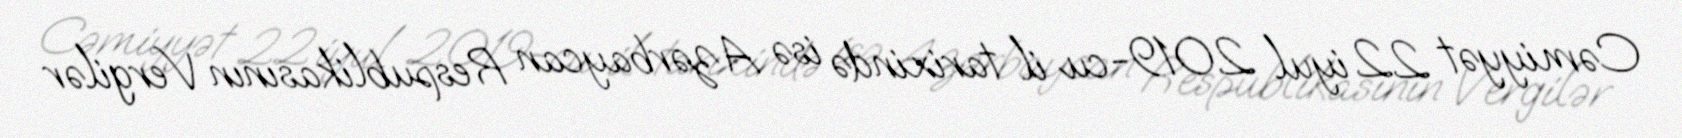
Cəmiyyət 22 iyul 2019-cu il tarixində isə Azərbaycan Respublikasının Vergilər